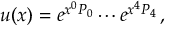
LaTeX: u ( x ) = e ^ { x ^ { 0 } P _ { 0 } } \cdots e ^ { x ^ { 4 } P _ { 4 } } \, ,